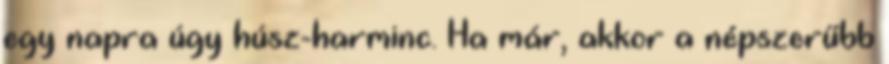
egy napra úgy húsz-harminc. Ha már, akkor a népszerűbb